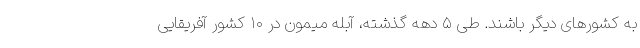
به کشورهای دیگر باشند. طی ۵ دهه گذشته، آبله میمون در ۱۰ کشور آفریقایی